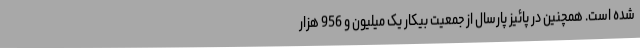
شده است. همچنین در پائیز پارسال از جمعیت بیکار یک میلیون و 956 هزار